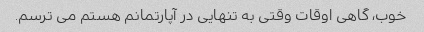
خوب، گاهی اوقات وقتی به تنهایی در آپارتمانم هستم می ترسم.